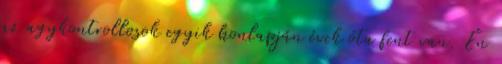
az agykontrollosok egyik honlapján évek óta fent van. Én